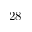
2 8